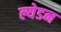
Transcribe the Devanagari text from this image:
ल्येडन